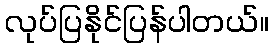
လုပ်ပြနိုင်ပြန်ပါတယ်။